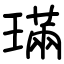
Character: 璊